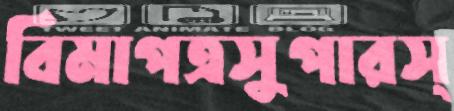
বিমাপত্রসুপারস্